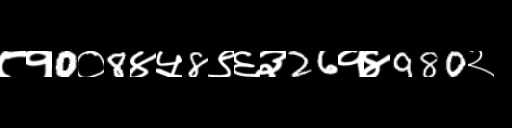
Text: ८१0०8४५8९६३26१४980२